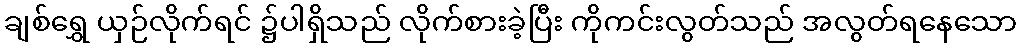
ချစ်ရွှေ ယှဉ်လိုက်ရင် ၌ပါရှိသည် လိုက်စားခဲ့ပြီး ကိုကင်းလွတ်သည် အလွတ်ရနေသော